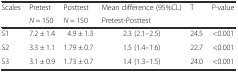
| <ROWSPAN=2> Scales | Pretest | Posttest | Mean difference (95%CL) | T | <ROWSPAN=2> P-value |
 | N = 150 | N = 150 | <COLSPAN=2> Pretest-Posttest |
 | --- | --- | --- | --- | --- | --- |
 | S1 | 7.2 ± 1.4 | 4.9 ± 1.3 | 2.3 (2.1–2.5) | 24.5 | <0.001 |
 | S2 | 3.3 ± 1.1 | 1.79 ± 0.7 | 1.5 (1.4–1.6) | 22.7 | <0.001 |
 | S3 | 3.1 ± 0.9 | 1.73 ± 0.7 | 1.4 (1.3–1.5) | 24.0 | <0.001 |